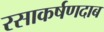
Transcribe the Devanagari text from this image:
रसाकर्षणदाब